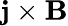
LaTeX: \mathbf j\times\mathbf B